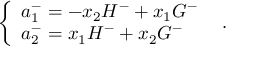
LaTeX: \left\{ \begin{array} { l } { { a _ { 1 } ^ { - } = - x _ { 2 } H ^ { - } + x _ { 1 } G ^ { - } } } \\ { { a _ { 2 } ^ { - } = x _ { 1 } H ^ { - } + x _ { 2 } G ^ { - } } } \end{array} \right. \enskip .